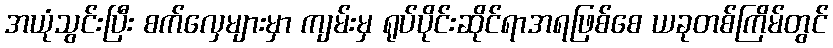
အယုံသွင်းပြီး စက်လှေများမှာ ကျမ်းမှ ရုပ်ပိုင်းဆိုင်ရာအရဖြစ်စေ ယခုတစ်ကြိမ်တွင်